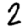
Digit: 2